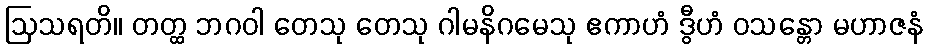
ဩသရတိ။ တတ္ထ ဘဂဝါ တေသု တေသု ဂါမနိဂမေသု ဧကာဟံ ဒွီဟံ ဝသန္တော မဟာဇနံ